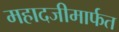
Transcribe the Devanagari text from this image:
महादजीमार्फत